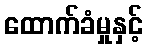
ထောက်ခံမှုနှင့်